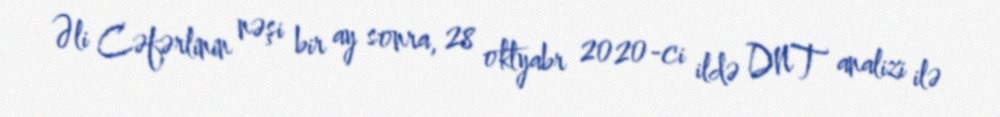
Əli Cəfərlinin nəşi bir ay sonra, 28 oktyabr 2020-ci ildə DNT analizi ilə